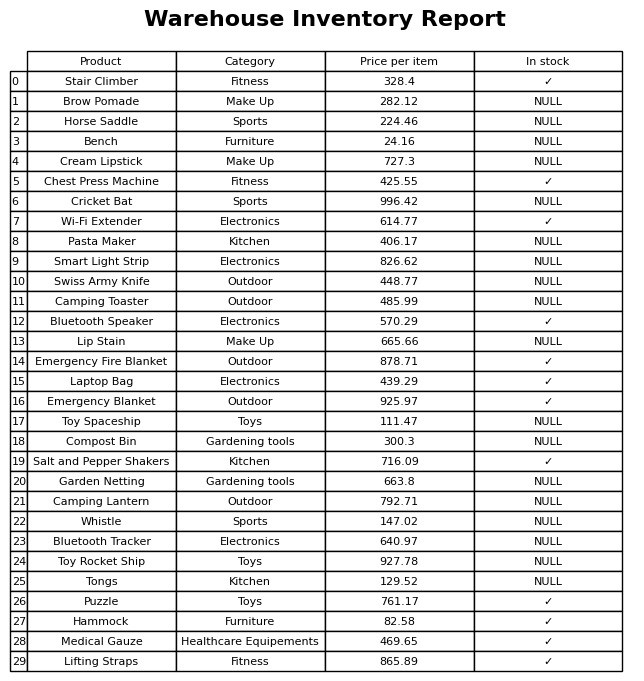
question: What is the price of the Wi-Fi Extender?
answer: The price of Wi-Fi Extender is 614.77.